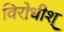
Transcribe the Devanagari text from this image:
विरोधीश्